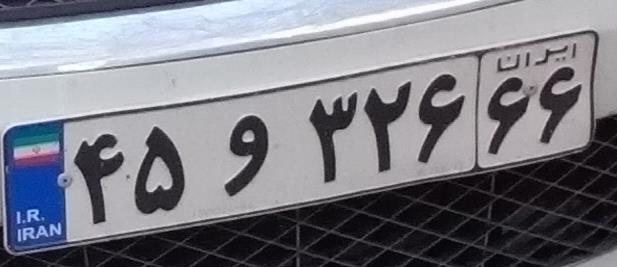
۴۵و۳۲۶۶۶